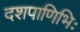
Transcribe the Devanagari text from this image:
दशपाणिभिः